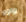
واوو